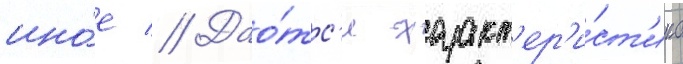
ино́е // Дао́тс'я характ'ер'и́ст'ика